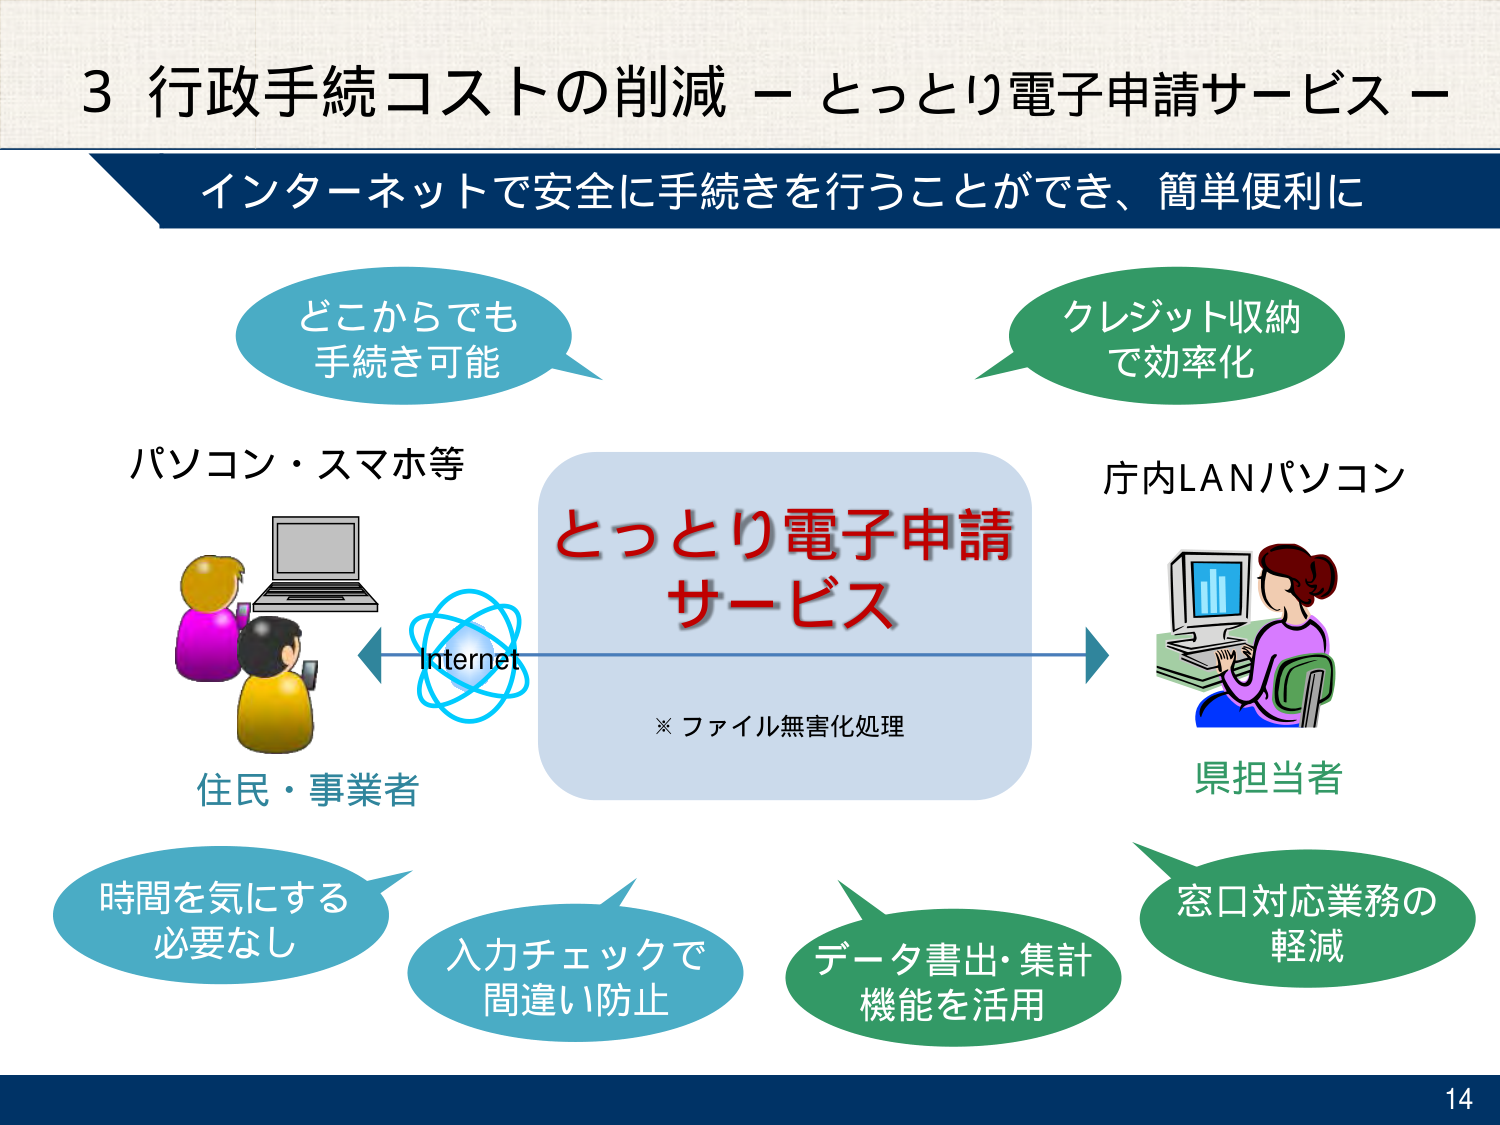
3 行政手続コストの削減 － とっとり電子申請サービス －
インターネットで安全に手続きを行うことができ、簡単便利に

どこからでも
手続き可能

クレジット収納
で効率化

パソコン・スマホ等

とっとり電子申請
サービス

※ ファイル無害化処理

Internet

住民・事業者

庁内LANパソコン

県担当者

時間を気にする
必要なし

入力チェックで
間違い防止

データ書出・集計
機能を活用

窓口対応業務の
軽減

14